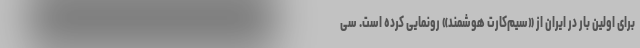
برای اولین بار در ایران از «سیم‌کارت هوشمند» رونمایی کرده است. سی